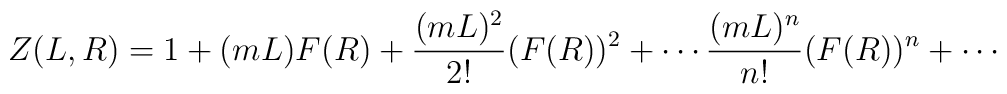
Z(L,R) = 1 + (m L) F(R) + \frac{(m L)^2}{2!} (F(R))^2 + \cdots \frac{(m L)^n}{n!} (F(R))^n + \cdots